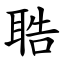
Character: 聕